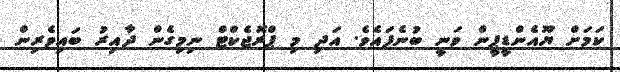
ކަމަށް ޔޫއެންޑީޕީން ވަނީ ބުނެފައެވެ. އަދި މި ޕްރޮޖެކްޓް ނިމިގެން ދާއިރު ބައިވެރިން